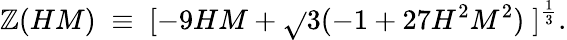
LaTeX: \mathbb{Z}(HM)\; \equiv\; [-9HM+\sqrt{}{{3(-1+27H^{2}M^{2})}}\; ]^{\frac{{1}}{{3}}}.